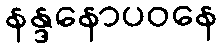
နန္ဒနောပဝနေ